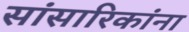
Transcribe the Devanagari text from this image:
सांसारिकांना